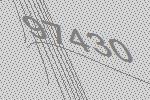
97430